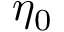
\eta _ { 0 }